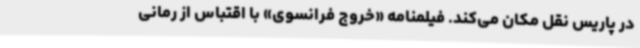
در پاریس نقل مکان ‌می‌کند. فیلمنامه «خروج فرانسوی» با اقتباس از رمانی